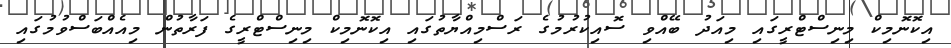
އިކޮނޮމިކް މިނިސްޓްރީގައި މިއަދު ބޭއްވި ސޮއިކުރުމުގެ ރަސްމިއްޔާތުގައި އިކޮނޮމިކް މިނިސްޓްރީގެ ފަރާތުން މިއެއްބަސްވުމުގައި